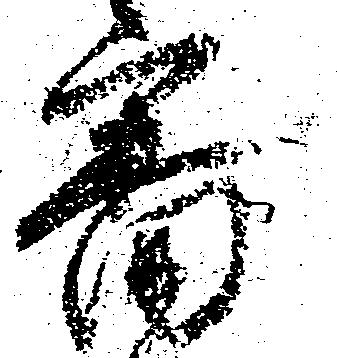
審